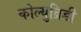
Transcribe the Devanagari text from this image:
कोल्युब्रिडी